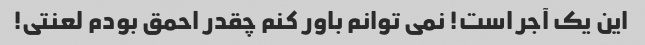
این یک آجر است! نمی توانم باور کنم چقدر احمق بودم لعنتی!